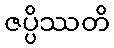
ဇပ္ပိဿတိ